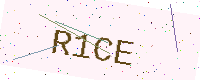
Text: R1CE